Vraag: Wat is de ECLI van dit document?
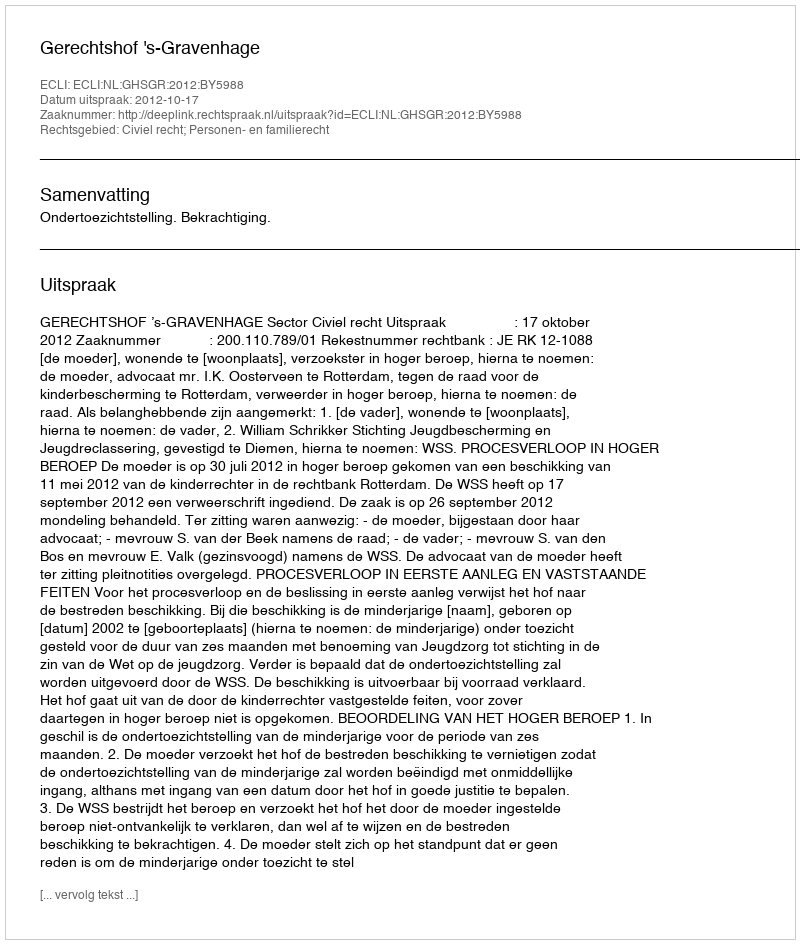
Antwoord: ECLI:NL:GHSGR:2012:BY5988